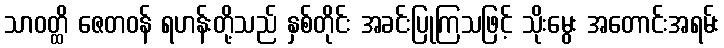
သာဝတ္ထိ ဇေတဝန် ရဟန်းတို့သည် နှစ်တိုင်း အခင်းပြုကြသဖြင့် သိုးမွေး အတောင်းအရမ်း